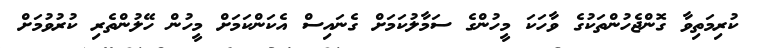
ކުރިމަތިވާ ގޮންޖެހުންތަކުގެ ވާހަކަ މީހުންގެ ސަމާލުކަމަށް ގެނައިސް އެކަންކަމަށް މީހުން ހޭލުންތެރި ކުރުވުމަށް